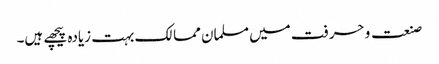
صنعت و حرفت میں مسلمان ممالک بہت زیادہ پیچھے ہیں۔